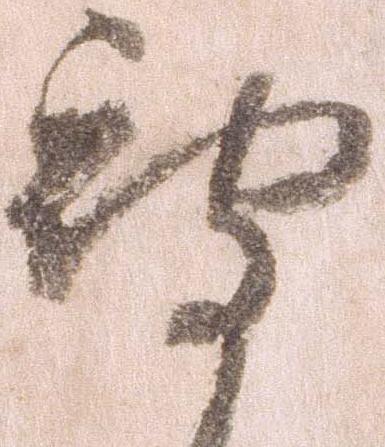
被